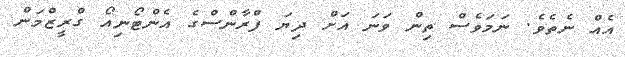
އެއް ނެތެވެ. ނަމަވެސް ތިން ވަނަ އަށް ދިޔަ ފްރާންސްގެ އެންޓޯނިއޯ ގްރީޒްމަން